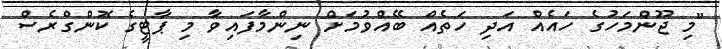
"މި ޖޫންމަހުގެ ހައެއް އަދި ހަތެއް ބޭއްވުމަށް ނިންމާފައިވާ މި ޕާޓީގެ ކޮންގްރެސް